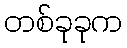
တစ်ခုခုက